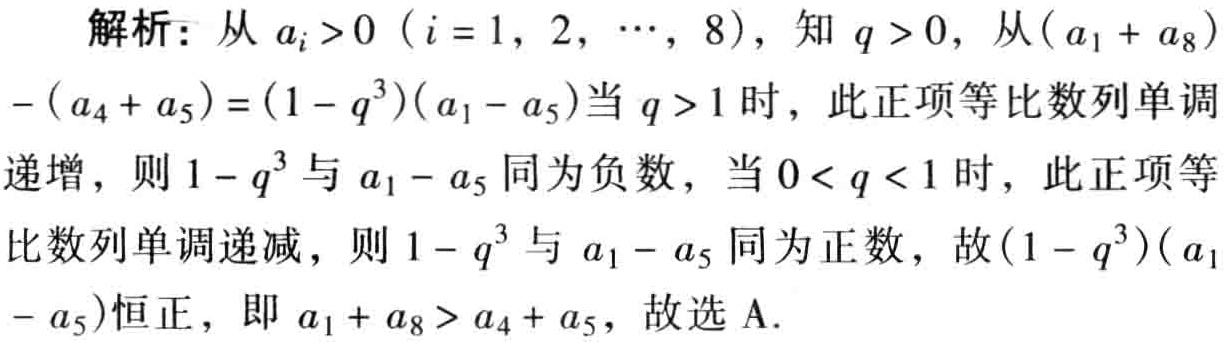
解析：从\(a_{i}>0\ (i = 1,2,\cdots,8)\)，知\(q>0\)，从\((a_{1}+a_{8})-(a_{4}+a_{5})=(1 - q^{3})(a_{1}-a_{5})\)当\(q>1\)时，此正项等比数列单调递增，则\(1 - q^{3}\)与\(a_{1}-a_{5}\)同为负数，当\(0<q<1\)时，此正项等比数列单调递减，则\(1 - q^{3}\)与\(a_{1}-a_{5}\)同为正数，故\((1 - q^{3})(a_{1}-a_{5})\)恒正，即\(a_{1}+a_{8}>a_{4}+a_{5}\)，故选A.